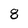
Character: 8